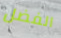
الفضل